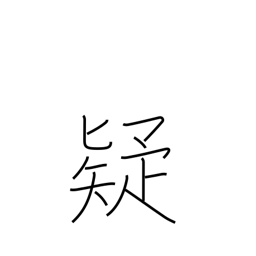
Meaning: distrust